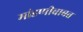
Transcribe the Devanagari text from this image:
मांडणीबाबत